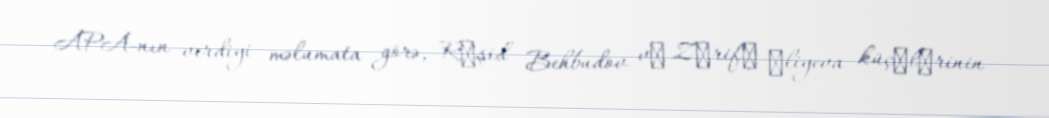
APA-nın verdiyi məlumata görə, Rәşid Behbudov vә Zәrifә Әliyeva küçәlәrinin